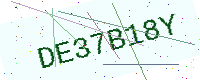
Text: DE37B18Y